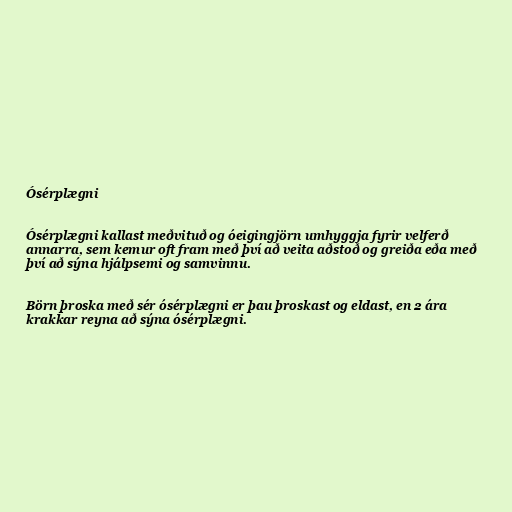
Ósérplægni

Ósérplægni kallast meðvituð og óeigingjörn umhyggja fyrir velferð
annarra, sem kemur oft fram með því að veita aðstoð og greiða eða með
því að sýna hjálpsemi og samvinnu.

Börn þroska með sér ósérplægni er þau þroskast og eldast, en 2 ára
krakkar reyna að sýna ósérplægni.